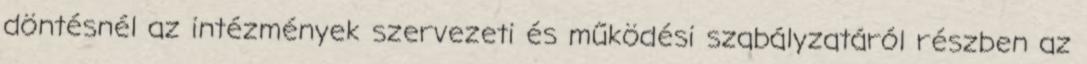
döntésnél az intézmények szervezeti és működési szabályzatáról részben az